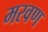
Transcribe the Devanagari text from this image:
मरवण